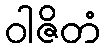
ဝါဇိတံ